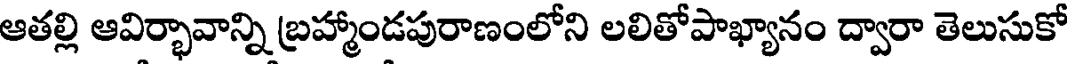
ఆతల్లి ఆవిర్భావాన్ని బ్రహ్మాండపురాణంలోని లలితోపాఖ్యానం ద్వారా తెలుసుకో